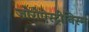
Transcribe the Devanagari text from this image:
ज़ोरोऐस्ट्रीनिस्म